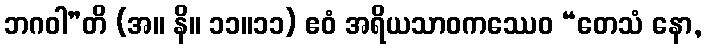
ဘဂဝါ”တိ (အ။ နိ။ ၁၁။၁၁) ဧဝံ အရိယသာဝကဿေဝ “တေသံ နော,